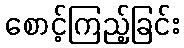
စောင့်ကြည့်ခြင်း